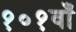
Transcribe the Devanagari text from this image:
१०१वाँ